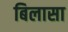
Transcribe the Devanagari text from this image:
बिलासा